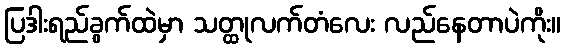
ပြဒါးရည်ခွက်ထဲမှာ သတ္ထုလက်တံလေး လည်နေတာပဲကိုး။